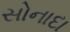
સોનાદા